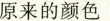
原来的颜色